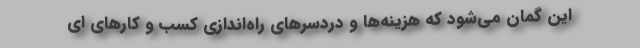
این گمان می‌شود که هزینه‌ها و دردسرهای راه‌اندازی کسب و کارهای ای